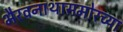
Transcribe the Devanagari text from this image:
भैरवनाथासमोरच्या